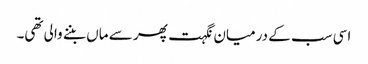
اسی سب کے درمیان نگہت پھر سے ماں بننے والی تھی۔